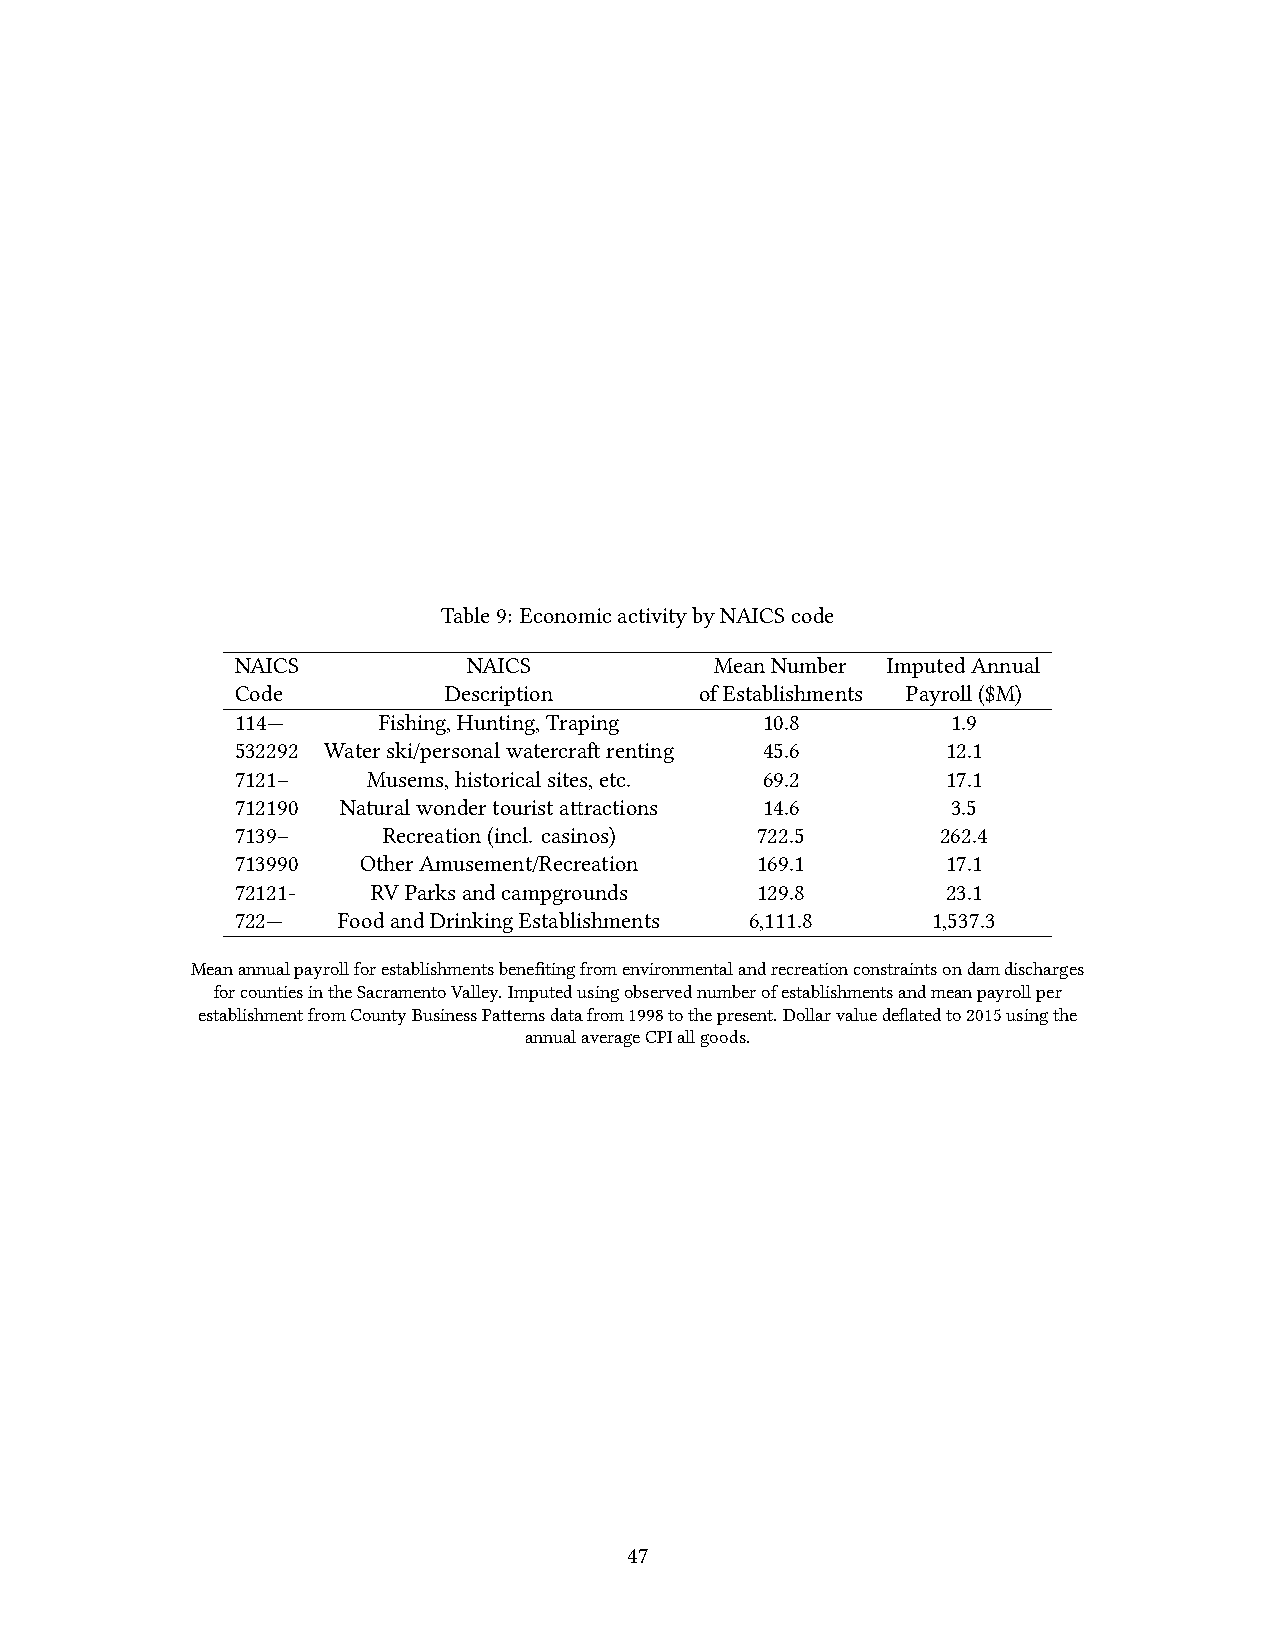
Table9: EconomicactivitybyNAICScode
 NAICS          NAICS           MeanNumber  ImputedAnnual
 Code         Description      ofEstablishments Payroll($M)
 114—     Fishing,Hunting,Traping  10.8         1.9
 532292 Waterski/personalwatercraftrenting 45.6 12.1
 7121–   Musems,historicalsites,etc. 69.2       17.1
 712190 Naturalwondertouristattractions 14.6    3.5
 7139–    Recreation(incl. casinos) 722.5      262.4
 713990  OtherAmusement/Recreation 169.1        17.1
 72121-   RVParksandcampgrounds    129.8        23.1
 722—  FoodandDrinkingEstablishments 6,111.8   1,537.3
 Meanannualpayrollforestablishmentsbenefitingfromenvironmentalandrecreationconstraintsondamdischarges
 forcountiesintheSacramentoValley.Imputedusingobservednumberofestablishmentsandmeanpayrollper
 establishmentfromCountyBusinessPatternsdatafrom1998tothepresent.Dollarvaluedeflatedto2015usingthe
 annualaverageCPIallgoods.
 47